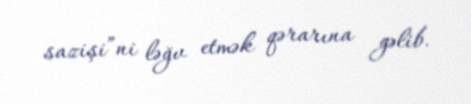
sazişi”ni ləğv etmək qərarına gəlib.